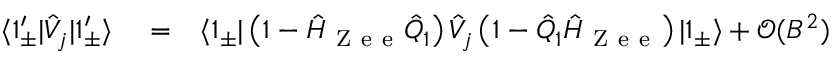
\begin{array} { r l r } { \langle 1 _ { \pm } ^ { \prime } | \hat { V } _ { j } | 1 _ { \pm } ^ { \prime } \rangle } & { { } = } & { \langle 1 _ { \pm } | \left( 1 - \hat { H } _ { \mathrm { ~ Z ~ e ~ e ~ } } \hat { Q } _ { 1 } \right) \hat { V } _ { j } \left( 1 - \hat { Q } _ { 1 } \hat { H } _ { \mathrm { ~ Z ~ e ~ e ~ } } \right) | 1 _ { \pm } \rangle + \mathcal { O } ( B ^ { 2 } ) } \end{array}